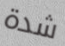
شدة